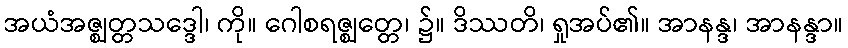
အယံအဇ္ဈတ္တသဒ္ဒေါ၊ ကို။ ဂေါစရဇ္ဈတ္တေ၊ ၌။ ဒိဿတိ၊ ရှုအပ်၏။ အာနန္ဒ၊ အာနန္ဒာ။